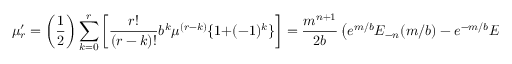
\mu _ { r } ^ { \prime } = { \bigg ( } { \frac { 1 } { 2 } } { \bigg ) } \sum _ { k = 0 } ^ { r } { \bigg [ } { \frac { r ! } { ( r - k ) ! } } b ^ { k } \mu ^ { ( r - k ) } \{ 1 + ( - 1 ) ^ { k } \} { \bigg ] } = { \frac { m ^ { n + 1 } } { 2 b } } \left( e ^ { m / b } E _ { - n } ( m / b ) - e ^ { - m / b } E _ { - n } ( - m / b ) \right)